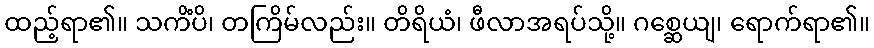
ထည့်ရာ၏။ သကိံပိ၊ တကြိမ်လည်း။ တိရိယံ၊ ဖီလာအရပ်သို့။ ဂစ္ဆေယျ၊ ရောက်ရာ၏။